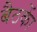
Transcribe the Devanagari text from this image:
बैठकाें